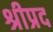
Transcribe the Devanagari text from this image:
श्रीप्रद